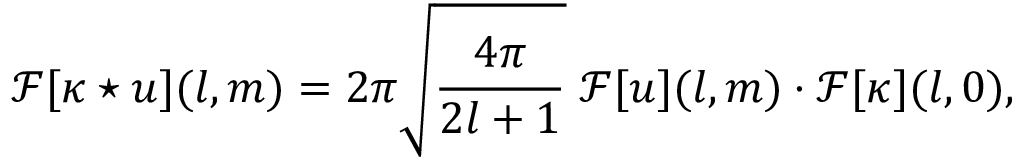
\mathcal { F } [ \kappa \star u ] ( l , m ) = 2 \pi \sqrt { \frac { 4 \pi } { 2 l + 1 } } \; \mathcal { F } [ u ] ( l , m ) \cdot \mathcal { F } [ \kappa ] ( l , 0 ) ,